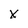
Character: x